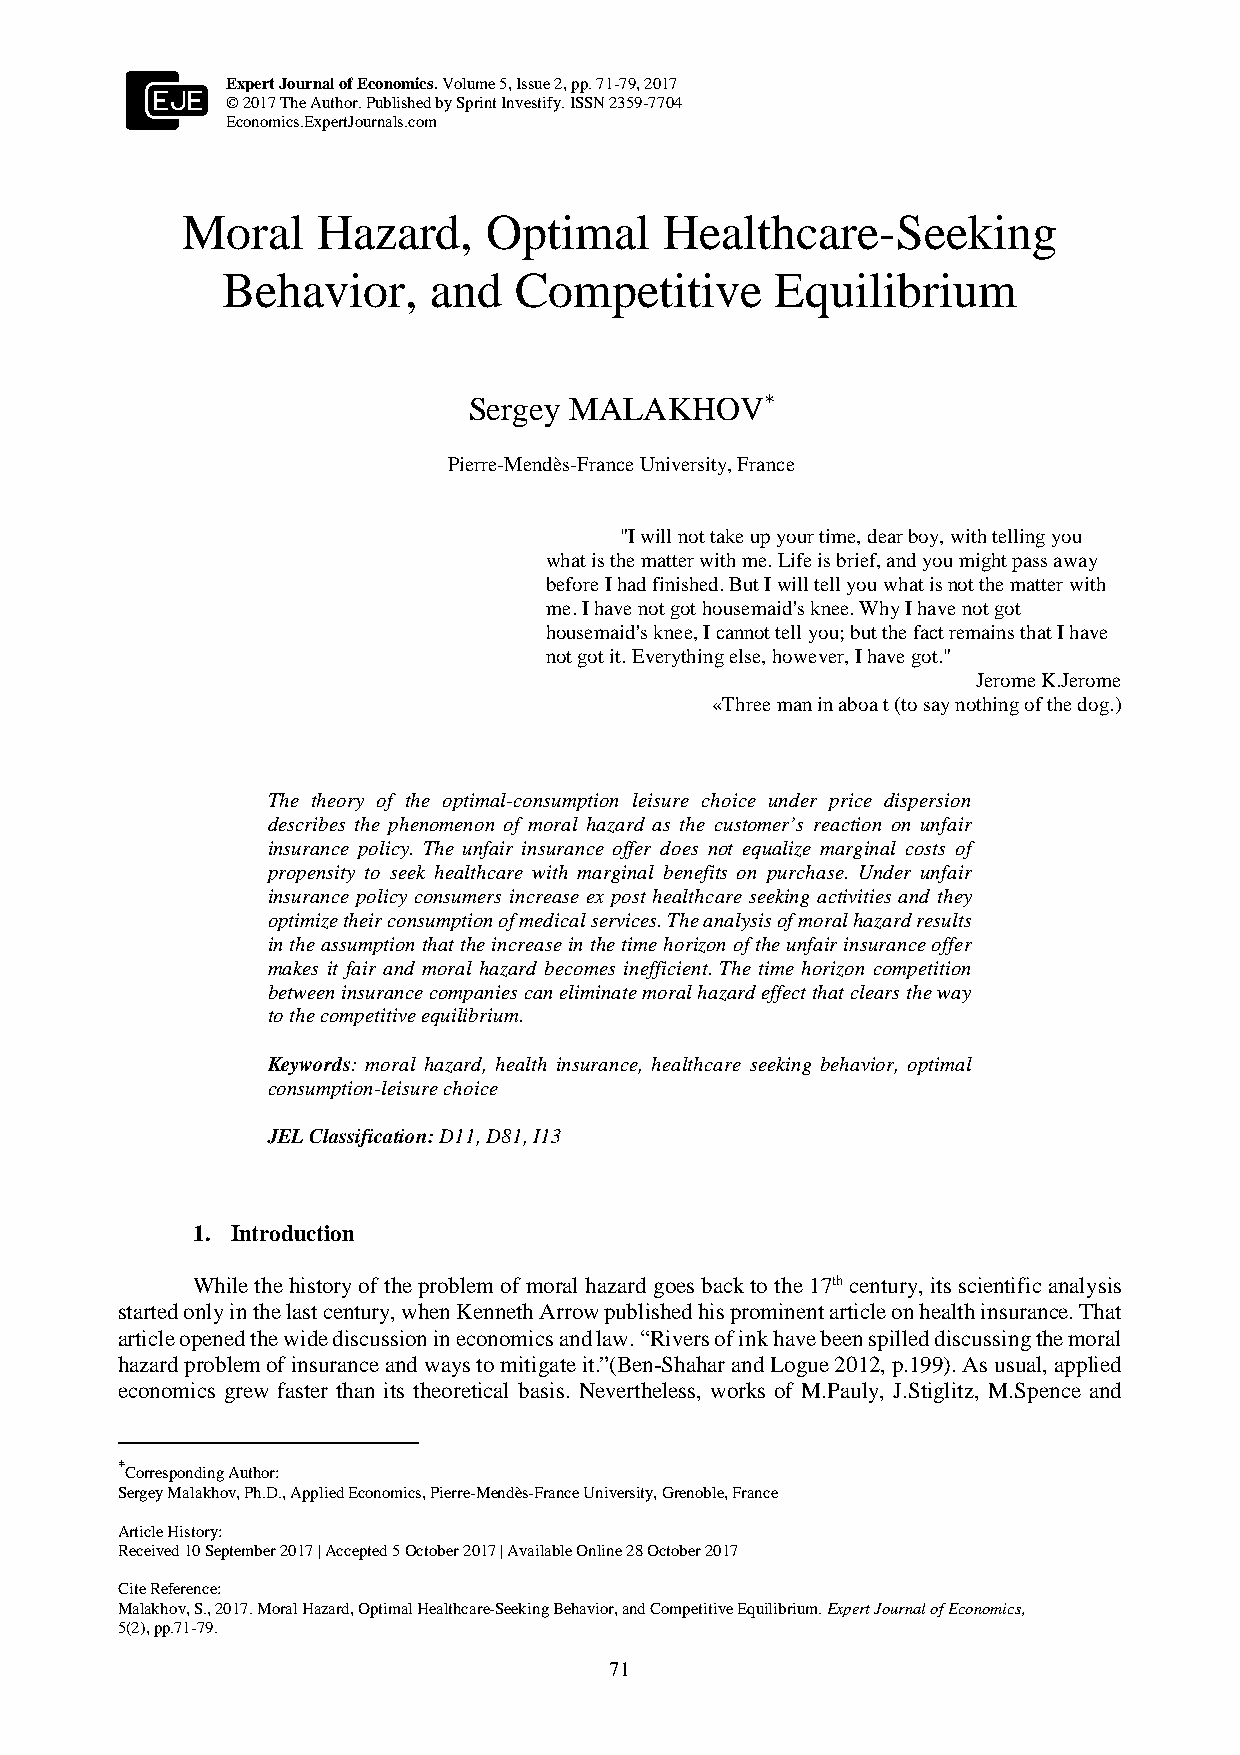
Expert Journal of Economics. Volume 5, Issue 2, pp. 71-79, 2017
 © 2017 The Author. Published by Sprint Investify. ISSN 2359-7704
 Economics.ExpertJournals.com
 Moral    Hazard,    Optimal     Healthcare-Seeking
 Behavior,     and  Competitive      Equilibrium
 Sergey MALAKHOV*
 Pierre-Mendès-France University, France
 "I will not take up your time, dear boy, with telling you
 what is the matter with me. Life is brief, and you might pass away
 before I had finished. But I will tell you what is not the matter with
 me. I have not got housemaid's knee. Why I have not got
 housemaid's knee, I cannot tell you; but the fact remains that I have
 not got it. Everything else, however, I have got."
 Jerome K.Jerome
 «Three man in aboa t (to say nothing of the dog.)
 The theory of the optimal-consumption leisure choice under price dispersion
 describes the phenomenon of moral hazard as the customer’s reaction on unfair
 insurance policy. The unfair insurance offer does not equalize marginal costs of
 propensity to seek healthcare with marginal benefits on purchase. Under unfair
 insurance policy consumers increase ex post healthcare seeking activities and they
 optimize their consumption of medical services. The analysis of moral hazard results
 in the assumption that the increase in the time horizon of the unfair insurance offer
 makes it fair and moral hazard becomes inefficient. The time horizon competition
 between insurance companies can eliminate moral hazard effect that clears the way
 to the competitive equilibrium.
 Keywords: moral hazard, health insurance, healthcare seeking behavior, optimal
 consumption-leisure choice
 JEL Classification: D11, D81, I13
 1. Introduction
 While the history of the problem of moral hazard goes back to the 17th century, its scientific analysis
 started only in the last century, when Kenneth Arrow published his prominent article on health insurance. That
 article opened the wide discussion in economics and law. “Rivers of ink have been spilled discussing the moral
 hazard problem of insurance and ways to mitigate it.”(Ben-Shahar and Logue 2012, p.199). As usual, applied
 economics grew faster than its theoretical basis. Nevertheless, works of M.Pauly, J.Stiglitz, M.Spence and
 *
 Corresponding Author:
 Sergey Malakhov, Ph.D., Applied Economics, Pierre-Mendès-France University, Grenoble, France
 Article History:
 Received 10 September 2017 | Accepted 5 October 2017 | Available Online 28 October 2017
 Cite Reference:
 Malakhov, S., 2017. Moral Hazard, Optimal Healthcare-Seeking Behavior, and Competitive Equilibrium. Expert Journal of Economics,
 5(2), pp.71-79.
 71